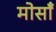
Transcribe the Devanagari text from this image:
मोसाँ